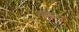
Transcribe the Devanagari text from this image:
वल्लेस